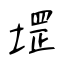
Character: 堽